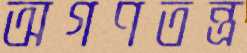
অগণতন্ত্র